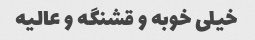
خیلی خوبه و قشنگه و عالیه